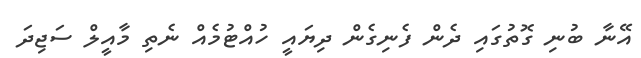
އޭނާ ބުނި ގޮތުގައި ދެން ފެނިގެން ދިޔައީ ހުއްޓުމެއް ނެތި މާއީލް ސަޖިދަ